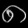
Digit: ၈